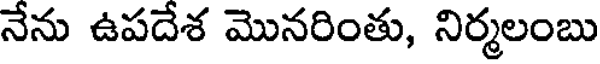
నేను ఉపదేశ మొనరింతు, నిర్మలంబు